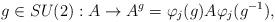
LaTeX: \begin{align*}g\in SU(2):A\rightarrow A^{g}=\varphi_{j}(g)A\varphi_{j}(g^{-1}), \end{align*}